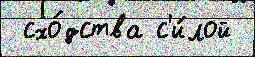
 схо́дства с'и́лой